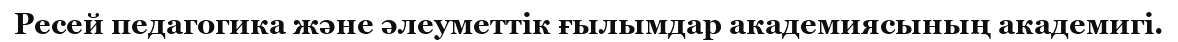
Ресей педагогика және әлеуметтік ғылымдар академиясының академигі.